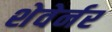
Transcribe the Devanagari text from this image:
शेवेर्नर